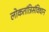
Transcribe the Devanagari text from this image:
लोकतांत्रिसंविधान